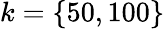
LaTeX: k=\{ 50,100\}